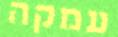
עמקה